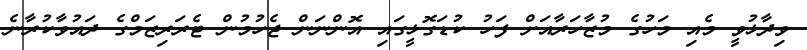
ވިދާޅުވީ މެއި މަހުގެ މުޒާހަރާއަށް ފަހު ކުޑަގޮޅީގައި އޮންނަން ޖެހުމުން ޓެރަރިޒަމްގެ ދައުވާކުރާނެ